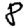
Digit: 8